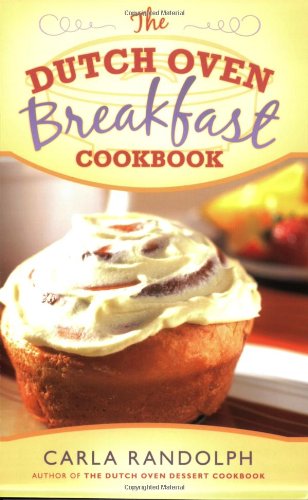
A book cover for The Dutch Oven Breakfast Cookbook; Carla Randolph; Cookbooks, Food & Wine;